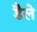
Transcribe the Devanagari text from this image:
डैले